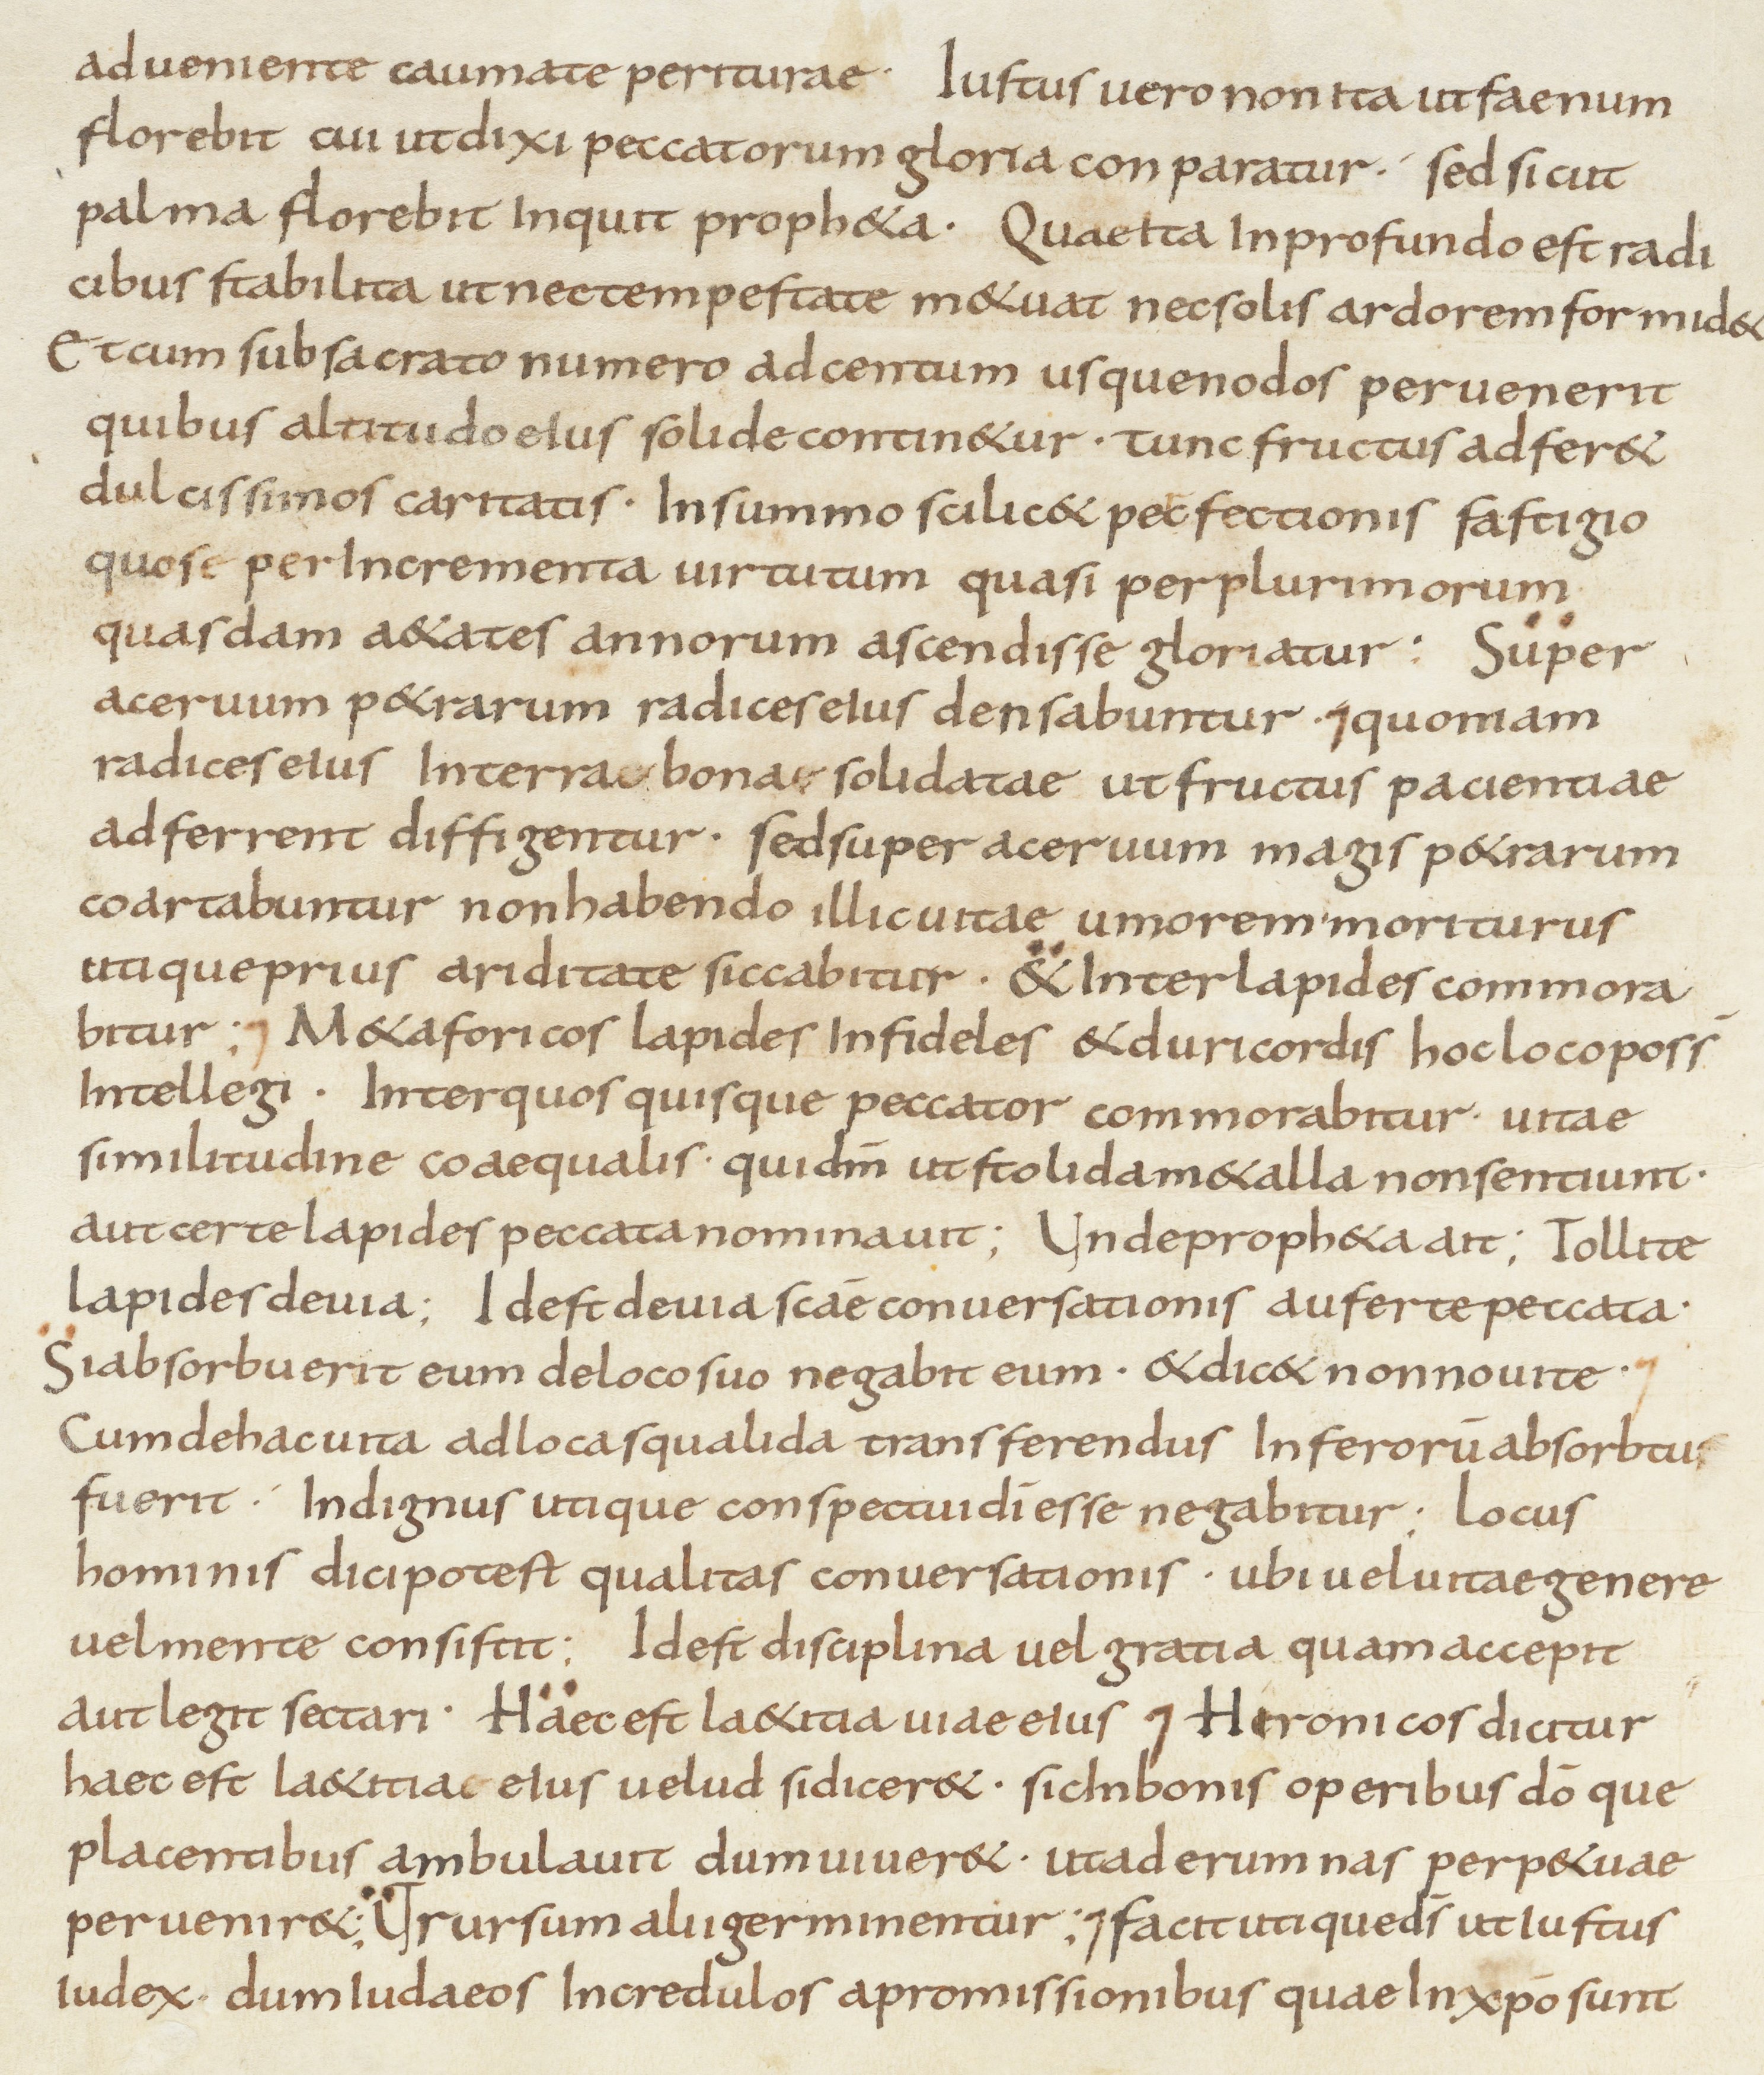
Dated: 800–899